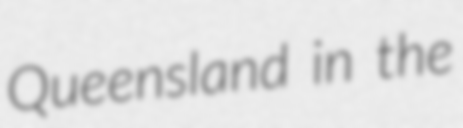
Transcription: Queensland in the